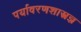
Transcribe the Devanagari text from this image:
पर्यावरणशास्त्रज्ञ